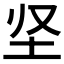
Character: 𡉢